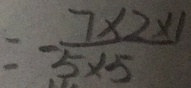
= - \frac { 7 \times 2 \times 1 } { 5 \times 5 }